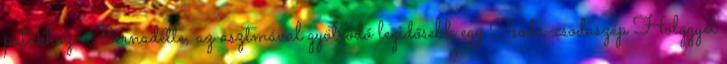
patakhoz. Bernadette, az asztmával gyötrődő legidősebb egy Csoda-csodaszép Hölggyel